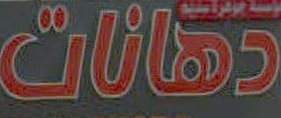
دهانات